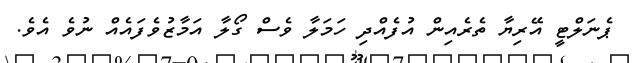
ޕެނަލްޓީ އޭރިޔާ ތެރެއިން އުފެއްދި ހަމަލާ ވެސް ގޯލާ އަމާޒުވެފައެއް ނުވެ އެވެ.